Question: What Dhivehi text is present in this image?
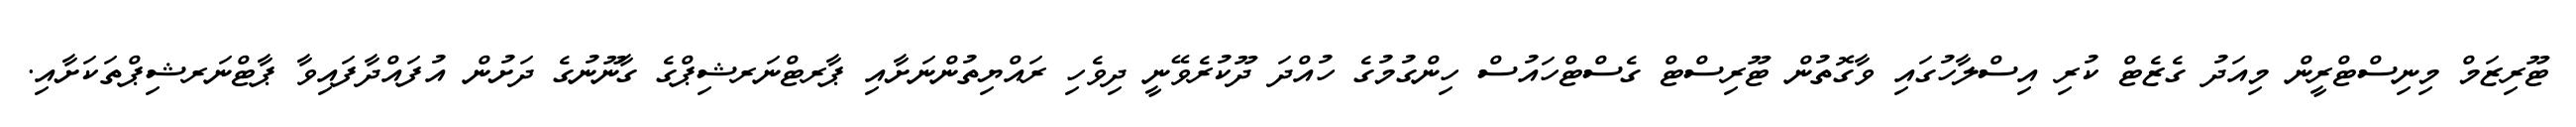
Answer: ޓޫރިޒަމް މިނިސްޓްރީން މިއަދު ގެޒެޓް ކުރި އިސްލާހުގައި ވާގޮތުން ޓޫރިސްޓް ގެސްޓްހައުސް ހިންގުމުގެ ހުއްދަ ދޫކުރެވޭނީ ދިވެހި ރައްޔިތުންނަށާއި ޕާރޓްނަރޝިޕްގެ ގާނޫނުގެ ދަށުން އުފައްދާފައިވާ ޕާޓްނަރޝިޕްތަކަށާއި.